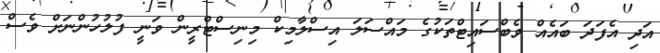
އަދި އެފަދަ ބައެއް ވެބްސައިޓްތަކުގެ މައްސަލަ އިސްލާމިކް މިނިސްޓްރީން ވަނީ ފުލުހުންނަށް ވެސް